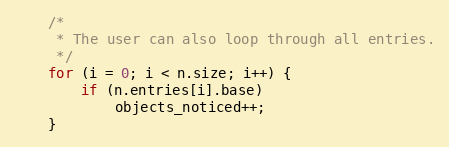
Language: C
	/*
	 * The user can also loop through all entries.
	 */
	for (i = 0; i < n.size; i++) {
		if (n.entries[i].base)
			objects_noticed++;
	}